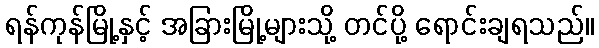
ရန်ကုန်မြို့နှင့် အခြားမြို့များသို့ တင်ပို့ ရောင်းချရသည်။